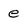
Character: e